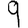
Digit: 9